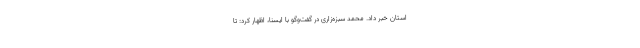
استان خبر داد. محمد سبزه‌زاری در گفت‌وگو با ایسنا، اظهار کرد:‌ تا